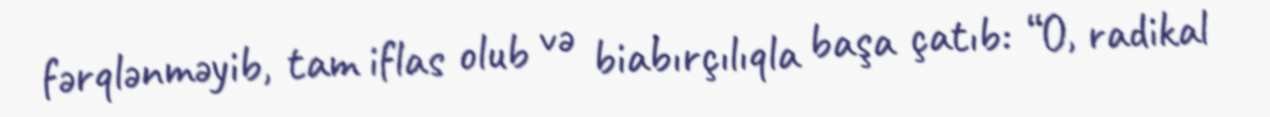
fərqlənməyib, tam iflas olub və biabırçılıqla başa çatıb: “O, radikal